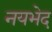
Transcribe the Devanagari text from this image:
नयभेद